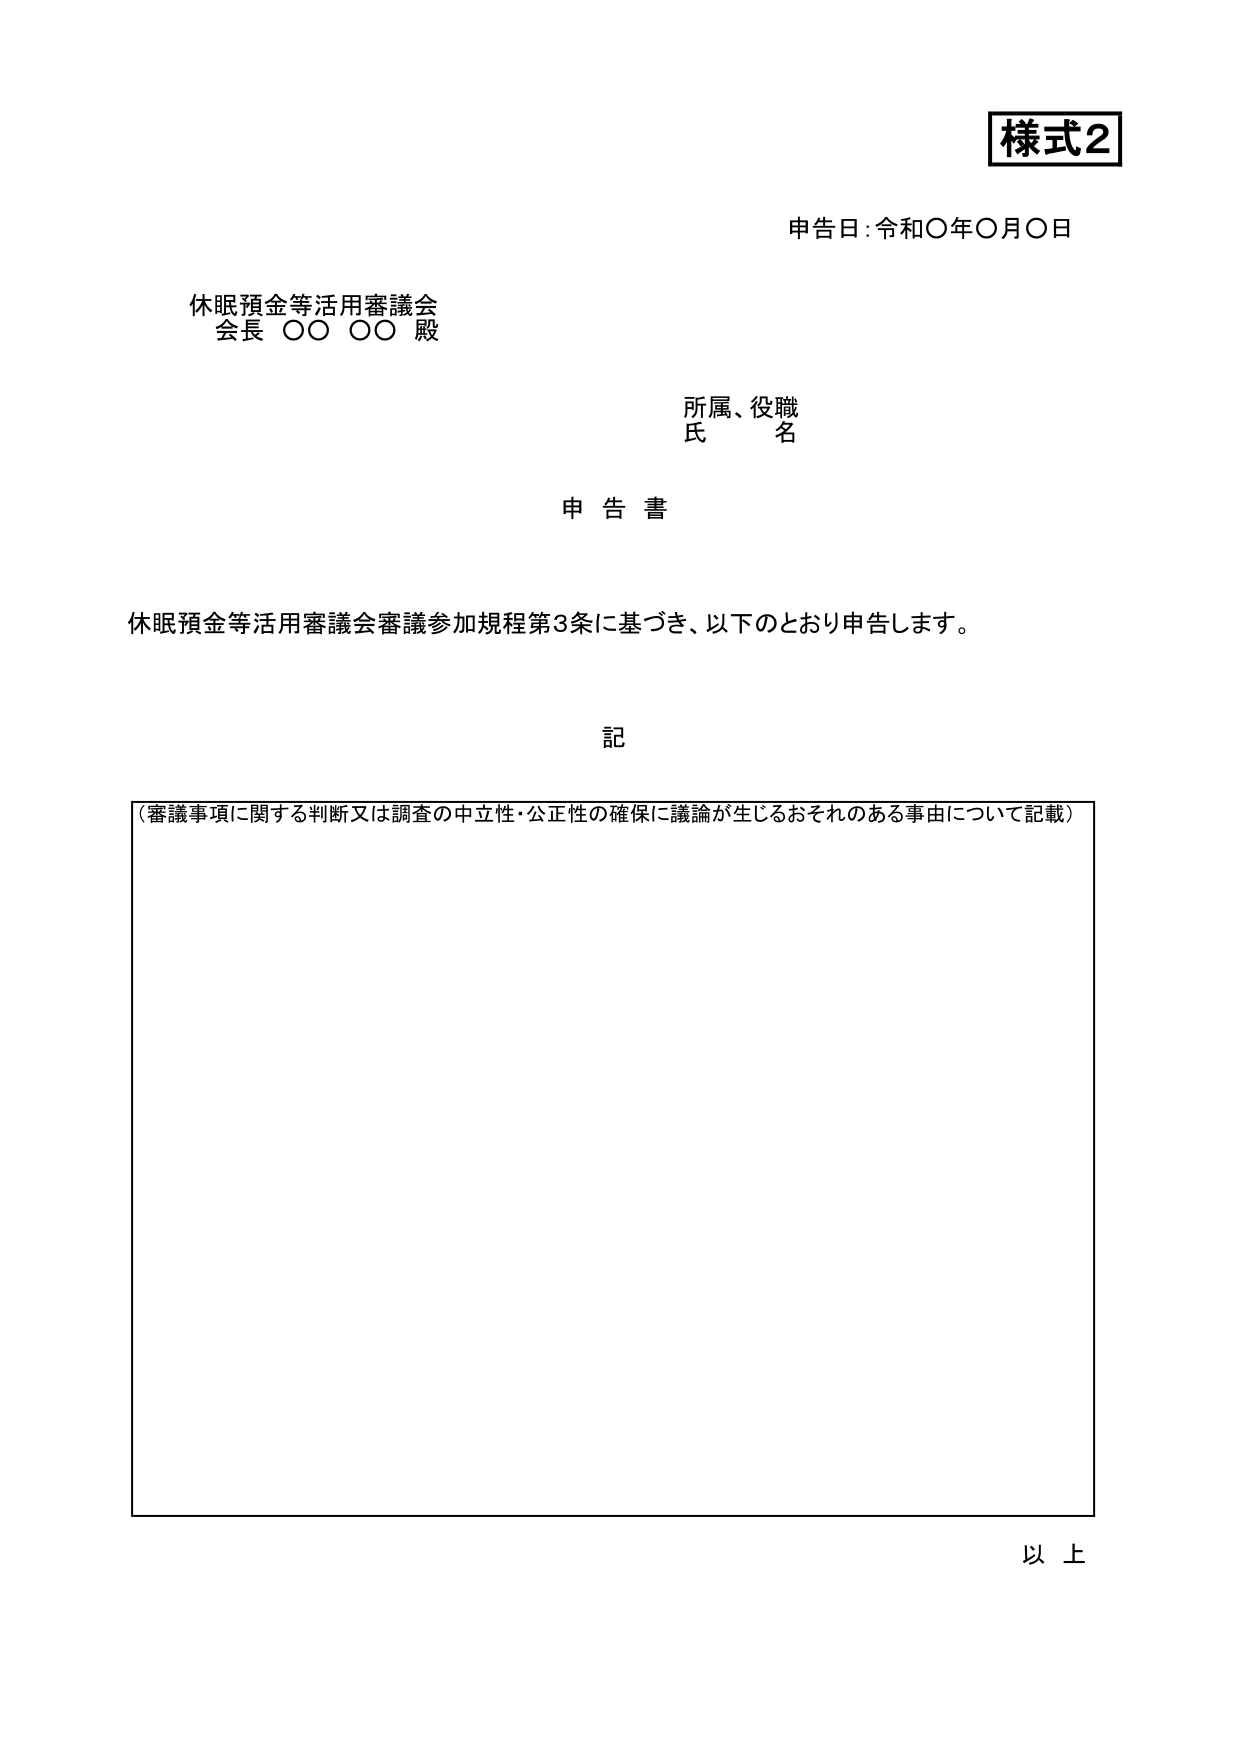
様式2
申告日：令和〇年〇月〇日
休眠預金等活用審議会
会長 〇〇 〇〇 殿
所属、役職
氏 名
申告書
休眠預金等活用審議会審議参加規程第3条に基づき、以下のとおり申告します。
記
（審議事項に関する判断又は調査の中立性・公正性の確保に議論が生じるおそれのある事由について記載）
以上